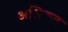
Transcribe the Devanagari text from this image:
असिऊत